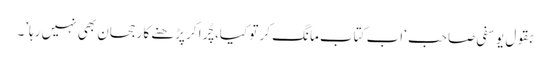
بقول یوسفی صاحب ‘اب کتاب مانگ کر تو کیا، چُرا کر پڑھنے کا رجحان بھی نہیں رہا’۔